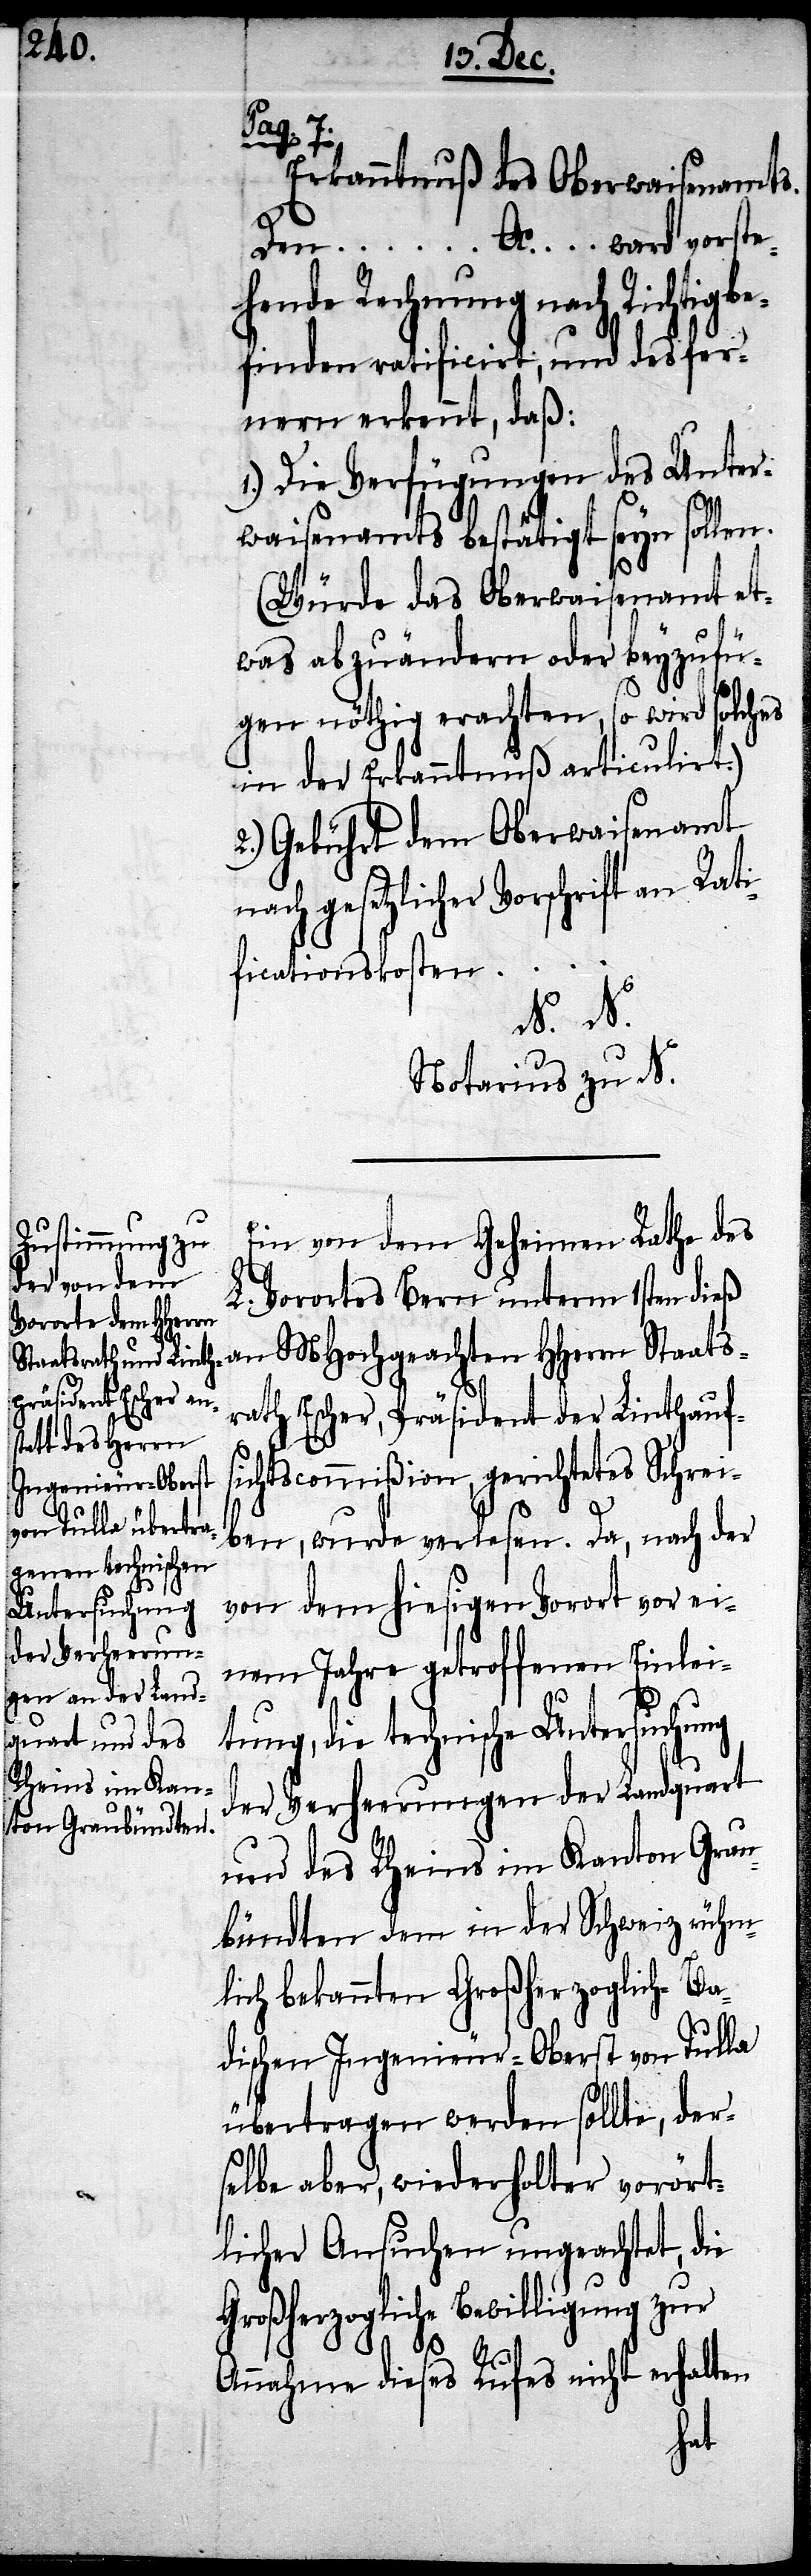
Staats¬
Erkanntnuß des Oberwaisenamts.
Den… Ao. … ward vorste¬
hende Rechnung nach Richtigbe¬
finden ratificirt, und des fer¬
nern erkennt, daß:
1.) Die Verfügungen des Unter¬
waisenamts bestätigt seyn sollen.
(Würde das Oberwaisenamt et¬
was abzuändern oder beyzufü¬
gen nöthig erachten, so wird solches
in der Erkanntnuß articulirt.)
2.) Gebührt dem Oberwaisenamt
nach gesetzlicher Vorschrift an Rati¬
ficationskosten…
N. N.
Notarius zu N.
Ein von dem Geheimen Rathe des
L. Vorortes Bern unterm 1sten dieß
rath Escher, Präsident der Linthaufs¬
ichtscommißion, gerichtetes Schrei¬
ben, wurde verlesen. Da, nach der
von dem hiesigen Vorort vor ei¬
nem Jahre getroffenen Einlei¬
tung, die technische Untersuchung
der Verheerungen der Landquart
und des Rheins im Kanton Grau¬
bündten dem in der Schweiz rühm¬
lich bekannten Großherzoglich-Ba¬
dischen Ingenieur-Oberst von Tulla
übertragen werden sollte, der¬
selbe aber, wiederholter vorört¬
licher Ansuchen ungeachtet, die
Großherzogliche Bewilligung zur
Annahme diese Rufes nicht erhalten